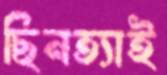
ছিনত্যাই